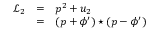
\begin{array} { l c l } { { { \mathcal L } _ { 2 } } } & { { = } } & { { { p } ^ { 2 } + u _ { 2 } } } \\ { { } } & { { = } } & { { ( p + { \phi } ^ { \prime } ) \star ( p - { \phi } ^ { \prime } ) } } \end{array}